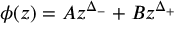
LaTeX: \phi ( z ) = A z ^ { \Delta _ { - } } + B z ^ { \Delta _ { + } }